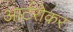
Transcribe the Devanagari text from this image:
आर्टरोकर